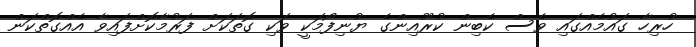
ހުރިހާ ގައުމެއްގައި ވެސް ކެބިން ކުރޫއިންގެ ޔުނިފޯމަކީ ވަކި ގޮތަކަށް ފަރުމާކޮށްފައިވާ އެއްގޮތްކަން